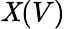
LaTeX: \mathit{X}(V)